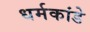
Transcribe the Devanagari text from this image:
धर्मकांडे